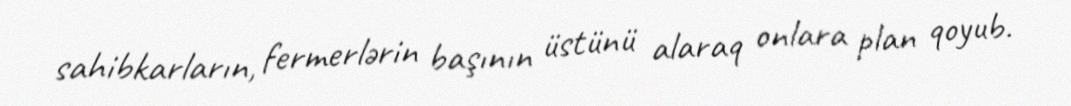
sahibkarların, fermerlərin başının üstünü alaraq onlara plan qoyub.